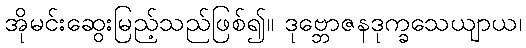
အိုမင်းဆွေးမြည့်သည်ဖြစ်၍။ ဒုဗ္ဘောဇနဒုက္ခသေယျာယ၊